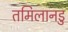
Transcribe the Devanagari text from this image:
तमिलानडु